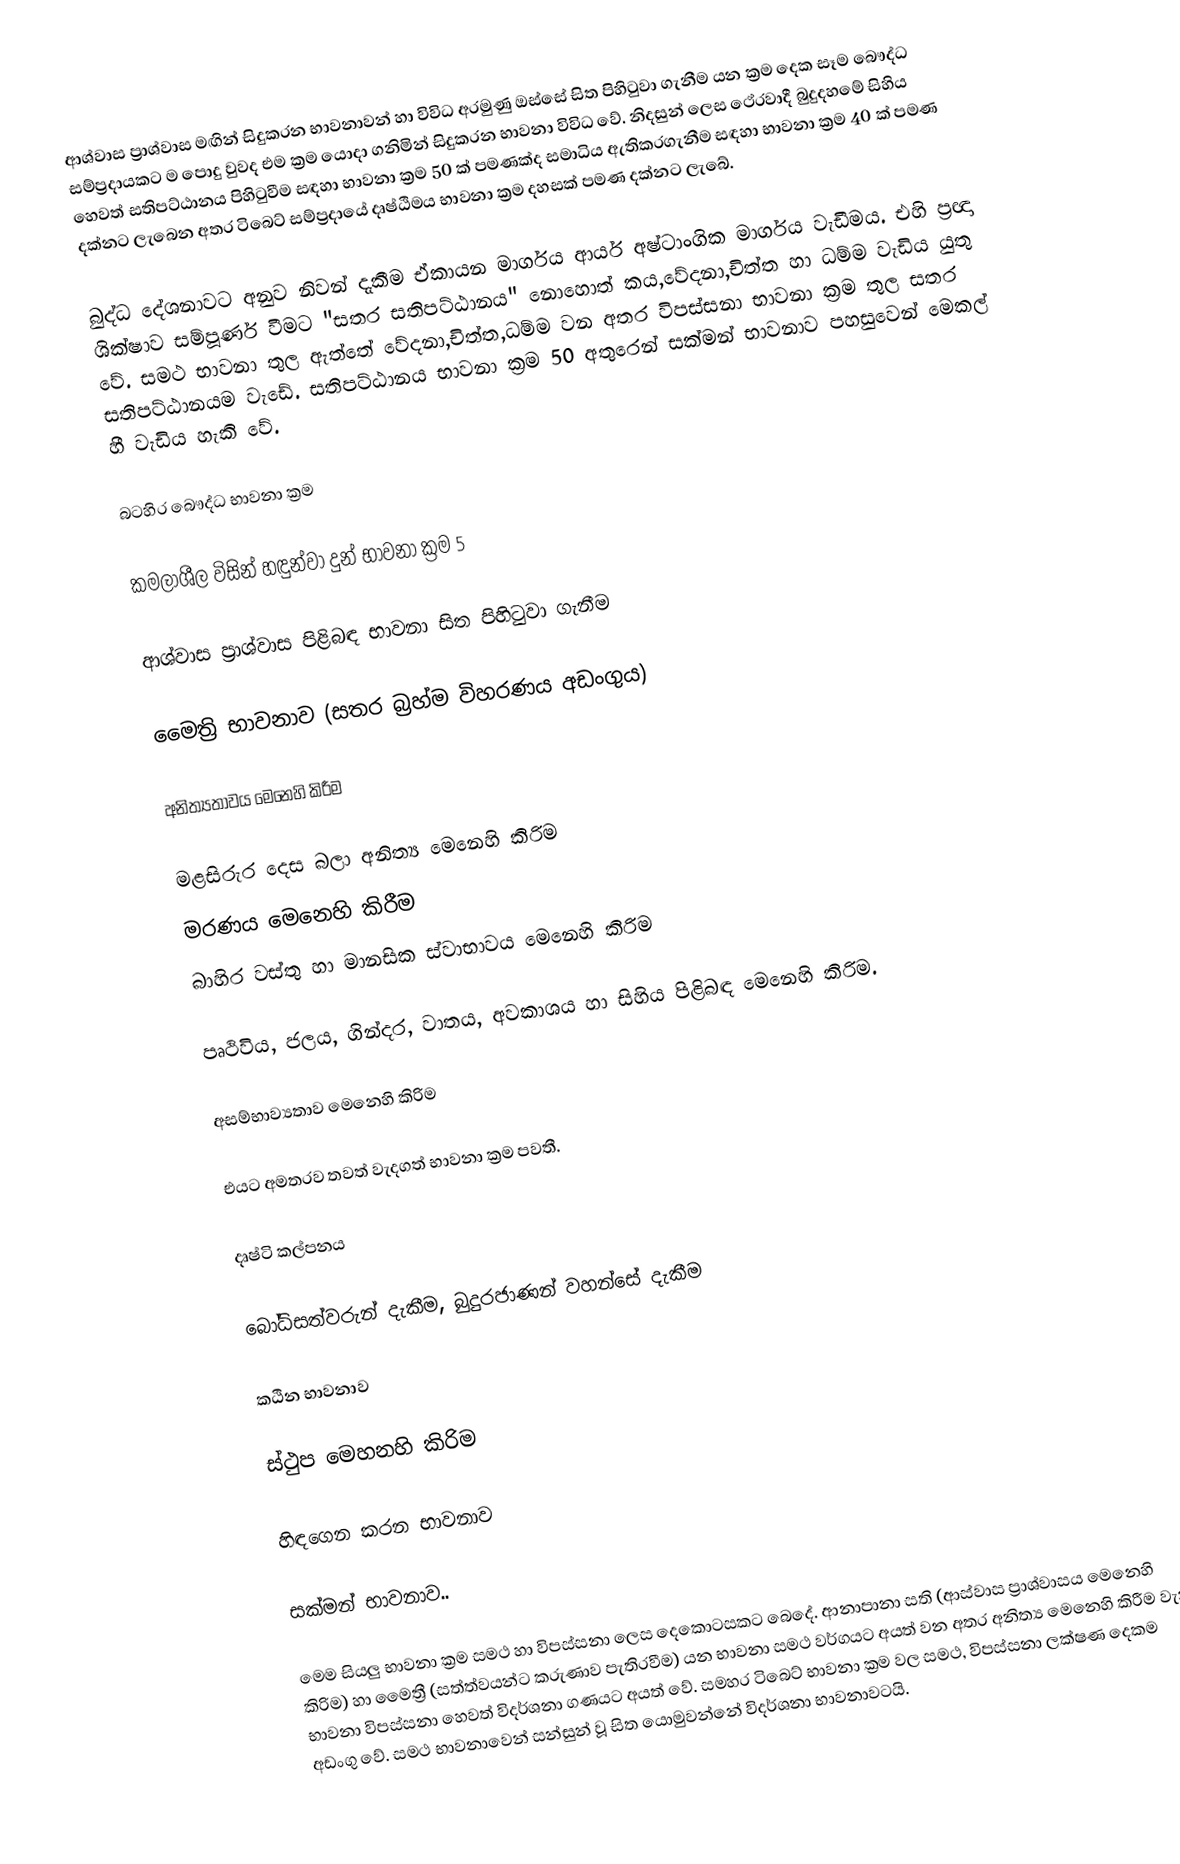
ආශ්වාස ප්‍රාශ්වාස මඟින් සිදුකරන භාවනාවන් හා විවිධ අරමුණු ඔස්සේ සිත පිහිටුවා ගැනීම යන ක්‍රම දෙක සෑම බෞද්ධ සම්ප්‍රදායකට ම පොදු වුවද එම ක්‍රම යොදා ගනිමින් සිදුකරන භාවනා විවිධ වේ. නිදසුන් ලෙස ථේරවාදී බුදුදහමේ සිහිය හෙවත් සතිපට්ඨානය පිහිටුවීම සඳහා භාවනා ක්‍රම 50 ක් පමණක්ද සමාධිය ඇතිකරගැනීම සඳහා භාවනා ක්‍රම 40 ක් පමණ දක්නට ලැබෙන අතර ටිබෙට් සම්ප්‍රදායේ දෘෂ්ඨිමය භාවනා ක්‍රම දහසක් පමණ දක්නට ලැබේ.

බුද්ධ දේශනාවට අනුව නිවන් දැකීම ඒකායන මාර්ගය ආර්ය අෂ්ටාංගික මාර්ගය වැඩීමය. එහි ප‍්‍රඥා ශික්ෂාව සම්පූර්ණ වීමට "සතර සතිපට්ඨානය" නොහොත් කය,වේදනා,චිත්ත හා ධම්ම වැඩිය යුතු වේ. සමථ භාවනා තුල ඇත්තේ වේදනා,චිත්ත,ධම්ම වන අතර විපස්සනා භාවනා ක්‍රම තුල සතර සතිපට්ඨානයම වැඩේ.  සතිපට්ඨානය භාවනා ක්‍රම 50 අතුරෙන් සක්මන් භාවනාව පහසුවෙන් මෙකල් හී වැඩිය හැකි වේ.

බටහිර බෞද්ධ භාවනා ක්‍රම

කමලාශීල විසින් හඳුන්වා දුන් භාවනා ක්‍රම 5

	ආශ්වාස ප්‍රාශ්වාස පිළිබඳ භාවනා සිත  පිහිටුවා ගැනීම

	මෛත්‍රි භාවනාව (සතර බ්‍රහ්ම විහරණය අඩංගුය)

	අනිත්‍යතාවය මෙනෙහි කිරීම

මළසිරුර දෙස බලා  අනිත්‍ය මෙනෙහි කිරිම
මරණය මෙනෙහි කිරීම
බාහිර වස්තු හා මානසික ස්වාභාවය මෙනෙහි කිරිම

	පෘථිවිය, ජලය, ගින්දර, වාතය, අවකාශය හා සිහිය පිළිබඳ මෙනෙහි කිරිම.

	අසම්භාව්‍යතාව මෙනෙහි කිරිම

එයට අමතරව තවත් වැදගත් භාවනා ක්‍රම පවතී.

	දෘෂ්ටි කල්පනය

	බෝධිසත්වරුන් දැකීම, බුදුරජාණන් වහන්සේ දැකීම

	කඨින භාවනාව

	ස්ථුප මෙහනහි කිරිම

	හිඳගෙන කරන භාවනාව

	සක්මන් භාවනාව..

මෙම  සියලු භාවනා ක්‍රම සමථ හා විපස්සනා ලෙස දෙකොටසකට බෙදේ. ආනාපානා සති (ආස්වාස ප්‍රාශ්වාසය මෙනෙහි කිරිම) හා මෛත්‍රී (සත්ත්වයන්ට කරුණාව පැතිරවීම) යන භාවනා සමථ වර්ගයට අයත් වන අතර අනිත්‍ය මෙනෙහි කිරීම වැනි භාවනා විපස්සනා හෙවත් විදර්ශනා ගණයට අයත් වේ. සමහර ටිබෙට් භාවනා ක්‍රම වල සමථ, විපස්සනා ලක්ෂණ දෙකම අඩංගු වේ. සමථ භාවනාවෙන් සන්සුන් වූ සිත යොමුවන්නේ විදර්ශනා භාවනාවටයි.